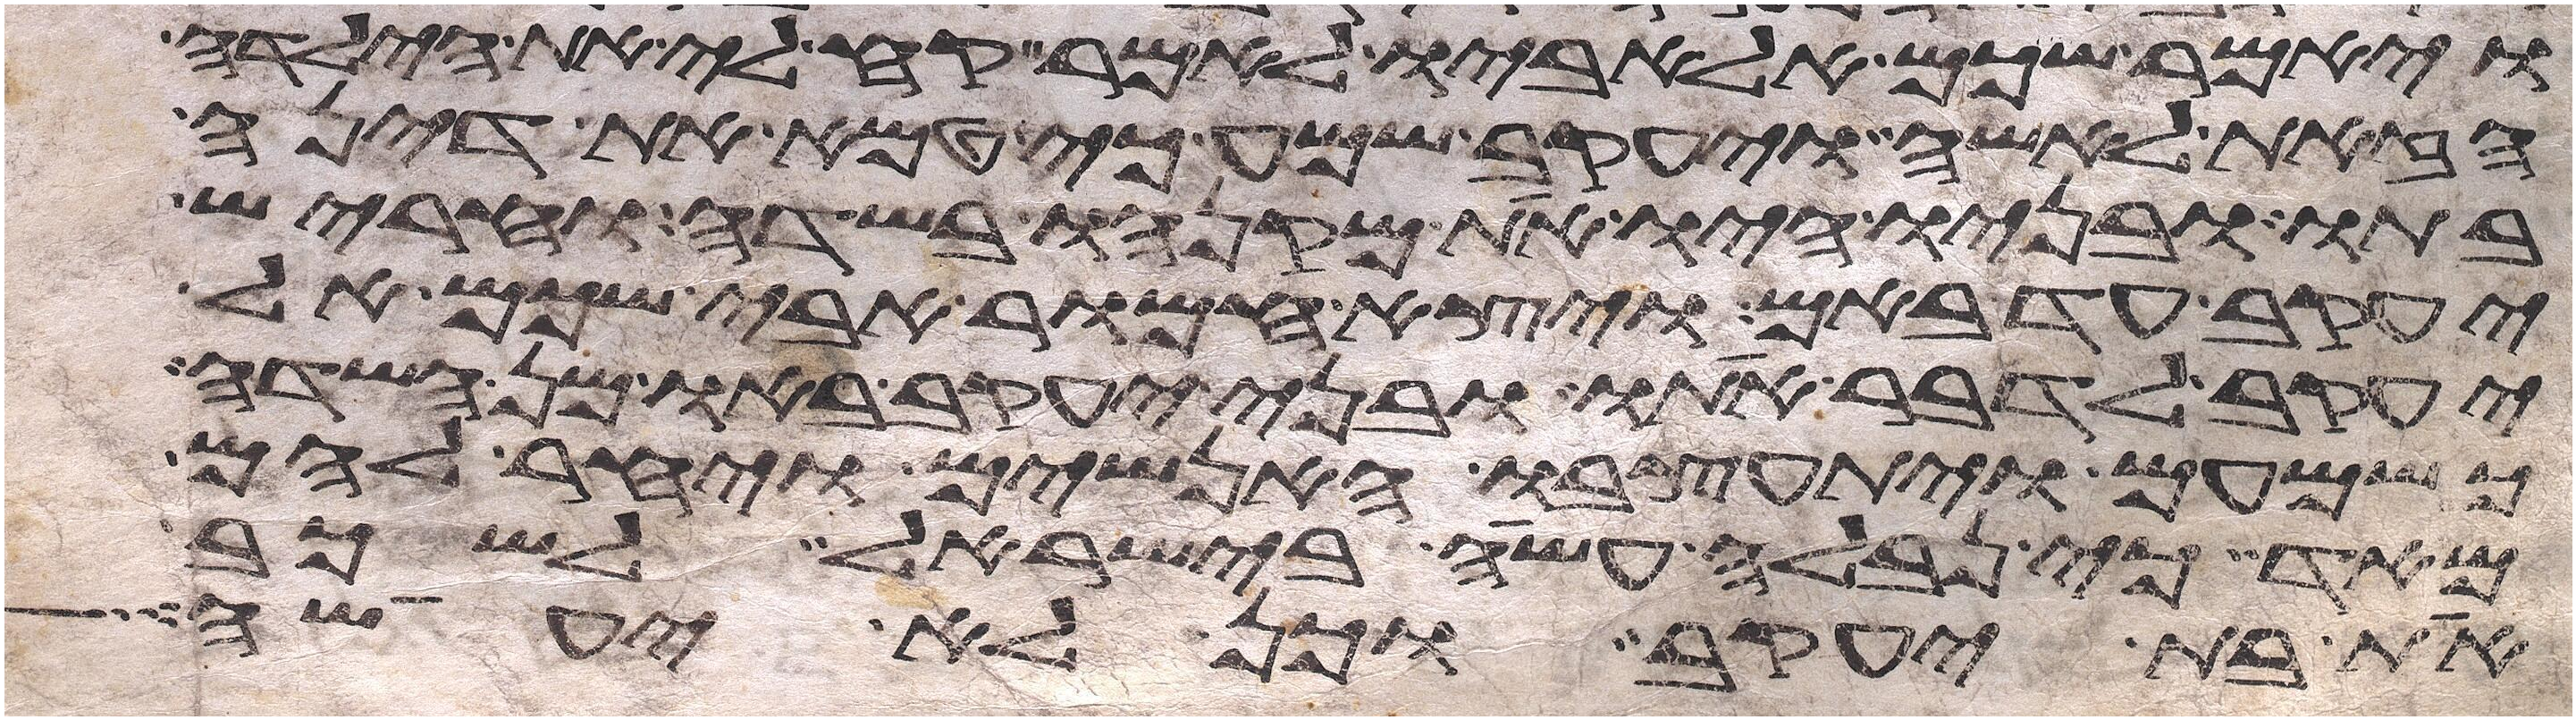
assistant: ויאמר שכם אל אביו לאמר קח לי את הילדה
הזאת לאשה ויעקב שמע כי טמא את דינה
בתו ובניו היו את מקנהו בשדה וחריש
יעקב עד באם ויצא חמור אבי שכם אל
יעקב לדבר אתו ובני יעקב באו מן השדה
כשמעם ויתעצבו האנשים ויחר להם
מאד כי נבלה עשה בישראל לשכב
את בת יעקב וכן לא יעשה